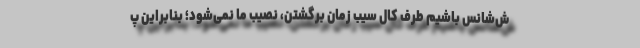
ش‌شانس باشیم طرف کال سیب زمان برگشتن، نصیب ما نمی‌شود؛ بنابراین پ